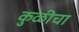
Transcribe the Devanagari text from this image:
कुळीचा